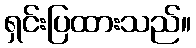
ရှင်းပြထားသည်။